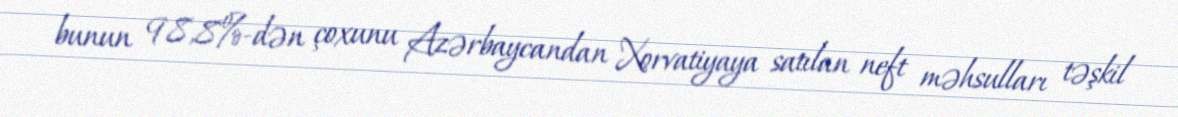
bunun 98,8%-dən çoxunu Azərbaycandan Xorvatiyaya satılan neft məhsulları təşkil